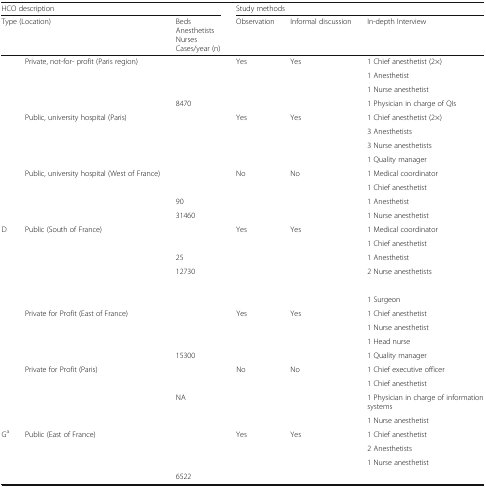
<table><thead><tr><td colspan="3"><b>HCO description</b></td><td colspan="3"><b>Study methods</b></td></tr><tr><td colspan="2"><b>Type (Location)</b></td><td><b>Beds Anesthetists NursesCases/year (n)</b></td><td><b>Observation</b></td><td><b>Informal discussion</b></td><td><b>In-depth Interview</b></td></tr></thead><tbody><tr><td rowspan="4">[EMPTY_CELL]</td><td rowspan="4">Private, not-for- profit (Paris region)</td><td>[EMPTY_CELL]</td><td rowspan="4">Yes</td><td rowspan="4">Yes</td><td>1 Chief anesthetist (2×)</td></tr><tr><td>[EMPTY_CELL]</td><td>1 Anesthetist</td></tr><tr><td>[EMPTY_CELL]</td><td>1 Nurse anesthetist</td></tr><tr><td>8470</td><td>1 Physician in charge of QIs</td></tr><tr><td rowspan="4">[EMPTY_CELL]</td><td rowspan="4">Public, university hospital (Paris)</td><td>[EMPTY_CELL]</td><td rowspan="4">Yes</td><td rowspan="4">Yes</td><td>1 Chief anesthetist (2×)</td></tr><tr><td>[EMPTY_CELL]</td><td>3 Anesthetists</td></tr><tr><td>[EMPTY_CELL]</td><td>3 Nurse anesthetists</td></tr><tr><td>[EMPTY_CELL]</td><td>1 Quality manager</td></tr><tr><td rowspan="4">[EMPTY_CELL]</td><td rowspan="4">Public, university hospital (West of France)</td><td>[EMPTY_CELL]</td><td rowspan="4">No</td><td rowspan="4">No</td><td>1 Medical coordinator</td></tr><tr><td>[EMPTY_CELL]</td><td>1 Chief anesthetist</td></tr><tr><td>90</td><td>1 Anesthetist</td></tr><tr><td>31460</td><td>1 Nurse anesthetist</td></tr><tr><td rowspan="6">D</td><td rowspan="6">Public (South of France)</td><td>[EMPTY_CELL]</td><td rowspan="6">Yes</td><td rowspan="6">Yes</td><td>1 Medical coordinator</td></tr><tr><td>[EMPTY_CELL]</td><td>1 Chief anesthetist</td></tr><tr><td>25</td><td>1 Anesthetist</td></tr><tr><td rowspan="3">12730</td><td>2 Nurse anesthetists</td></tr><tr><td>[EMPTY_CELL]</td></tr><tr><td>1 Surgeon</td></tr><tr><td rowspan="4">[EMPTY_CELL]</td><td rowspan="4">Private for Profit (East of France)</td><td>[EMPTY_CELL]</td><td rowspan="4">Yes</td><td rowspan="4">Yes</td><td>1 Chief anesthetist</td></tr><tr><td>[EMPTY_CELL]</td><td>1 Nurse anesthetist</td></tr><tr><td>[EMPTY_CELL]</td><td>1 Head nurse</td></tr><tr><td>15300</td><td>1 Quality manager</td></tr><tr><td rowspan="4">[EMPTY_CELL]</td><td rowspan="4">Private for Profit (Paris)</td><td>[EMPTY_CELL]</td><td rowspan="4">No</td><td rowspan="4">No</td><td>1 Chief executive officer</td></tr><tr><td>[EMPTY_CELL]</td><td>1 Chief anesthetist</td></tr><tr><td>NA</td><td>1 Physician in charge of information systems</td></tr><tr><td>[EMPTY_CELL]</td><td>1 Nurse anesthetist</td></tr><tr><td rowspan="4">G<sup>a</sup></td><td rowspan="4">Public (East of France)</td><td>[EMPTY_CELL]</td><td rowspan="4">Yes</td><td rowspan="4">Yes</td><td>1 Chief anesthetist</td></tr><tr><td>[EMPTY_CELL]</td><td>2 Anesthetists</td></tr><tr><td>[EMPTY_CELL]</td><td rowspan="2">1 Nurse anesthetist</td></tr><tr><td>6522</td></tr></tbody></table>